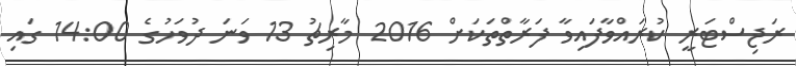
ރަޖިސްޓަރީ ކުރައްވާފައިވާ ފަރާތްތަކަށް 2016 މާރިޗު 13 ވަނަ ދުވަހުގެ 14:00 ގައި